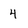
Character: 4